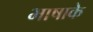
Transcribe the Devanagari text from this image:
भाषाके